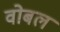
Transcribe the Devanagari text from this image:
वोबल